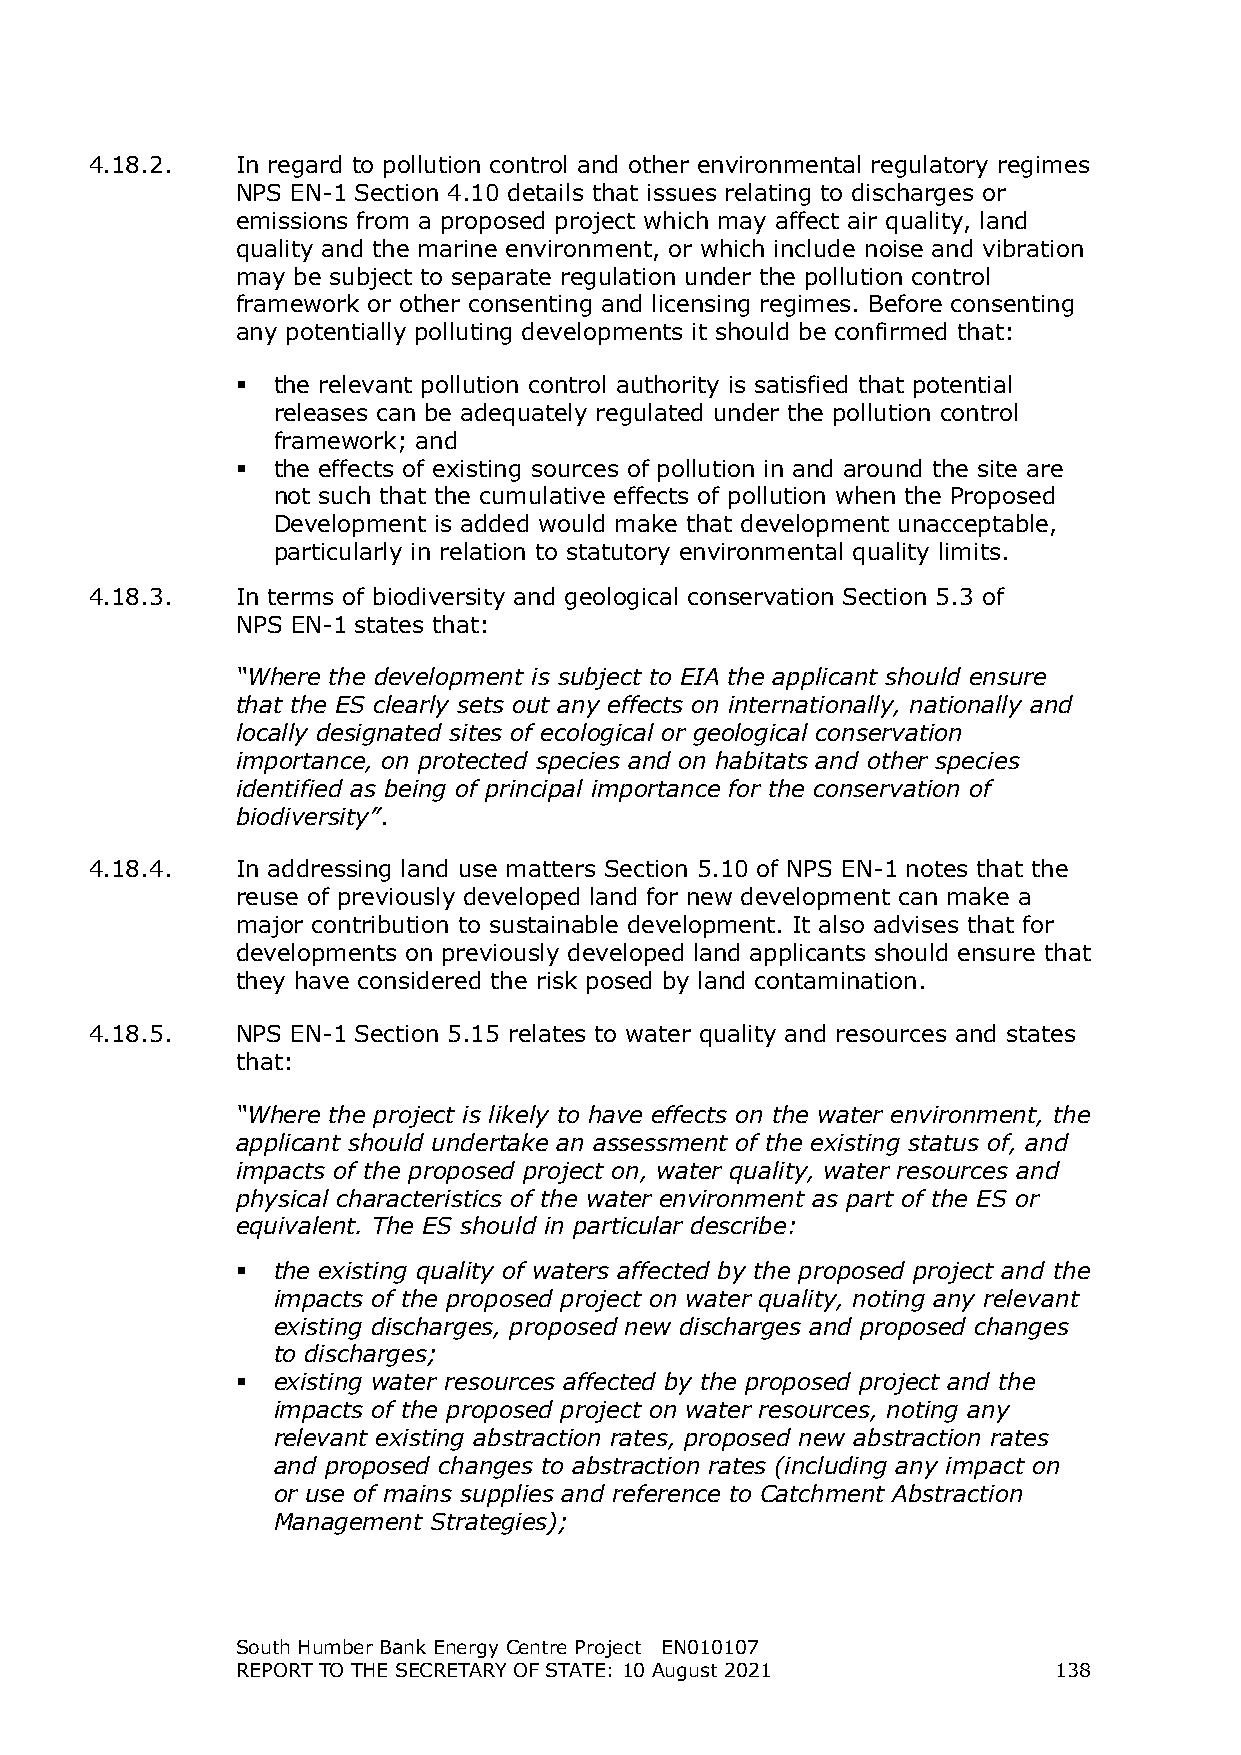
4.18.2.   In regard to pollution control and other environmental regulatory regimes
 NPS EN-1 Section 4.10 details that issues relating to discharges or
 emissions from a proposed project which may affect air quality, land
 quality and the marine environment, or which include noise and vibration
 may be subject to separate regulation under the pollution control
 framework or other consenting and licensing regimes. Before consenting
 any potentially polluting developments it should be confirmed that:
  the relevant pollution control authority is satisfied that potential
 releases can be adequately regulated under the pollution control
 framework; and
  the effects of existing sources of pollution in and around the site are
 not such that the cumulative effects of pollution when the Proposed
 Development is added would make that development unacceptable,
 particularly in relation to statutory environmental quality limits.
 4.18.3.   In terms of biodiversity and geological conservation Section 5.3 of
 NPS EN-1 states that:
 “Where the development is subject to EIA the applicant should ensure
 that the ES clearly sets out any effects on internationally, nationally and
 locally designated sites of ecological or geological conservation
 importance, on protected species and on habitats and other species
 identified as being of principal importance for the conservation of
 biodiversity”.
 4.18.4.   In addressing land use matters Section 5.10 of NPS EN-1 notes that the
 reuse of previously developed land for new development can make a
 major contribution to sustainable development. It also advises that for
 developments on previously developed land applicants should ensure that
 they have considered the risk posed by land contamination.
 4.18.5.   NPS EN-1 Section 5.15 relates to water quality and resources and states
 that:
 “Where the project is likely to have effects on the water environment, the
 applicant should undertake an assessment of the existing status of, and
 impacts of the proposed project on, water quality, water resources and
 physical characteristics of the water environment as part of the ES or
 equivalent. The ES should in particular describe:
  the existing quality of waters affected by the proposed project and the
 impacts of the proposed project on water quality, noting any relevant
 existing discharges, proposed new discharges and proposed changes
 to discharges;
  existing water resources affected by the proposed project and the
 impacts of the proposed project on water resources, noting any
 relevant existing abstraction rates, proposed new abstraction rates
 and proposed changes to abstraction rates (including any impact on
 or use of mains supplies and reference to Catchment Abstraction
 Management Strategies);
 South Humber Bank Energy Centre Project EN010107
 REPORT TO THE SECRETARY OF STATE: 10 August 2021      138